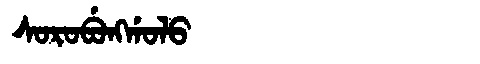
Manchu: ᠰᠣᡵᠣᠪᡠᠩᡤᠣᠯᠣ
Romanization: SOROBUNGGOLO